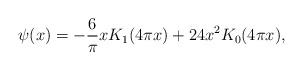
LaTeX: \begin{align*} \psi(x) = -\frac{6}{\pi} x K_{1}(4 \pi x) + 24x^{2} K_{0}(4 \pi x),\end{align*}